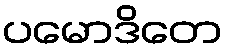
ပမောဒိတေ